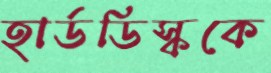
হার্ডডিস্ককে